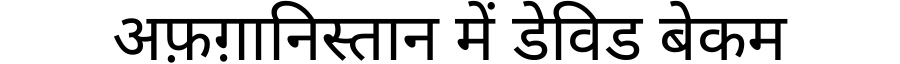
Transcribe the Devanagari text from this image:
अफ़ग़ानिस्तान में डेविड बेकम